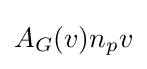
A_{G}(v)n_{p}v